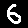
Digit: 6